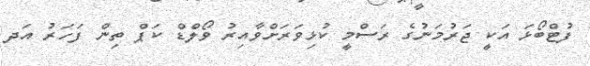
ފުޓްބޯޅަ އަކީ ޖަރުމަނުގެ ރަސްމީ ކުޅިވަރަށްވާއިރު ވޯލްޑް ކަޕް ތިން ފަހަރު އަދ